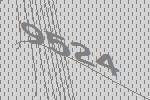
9524